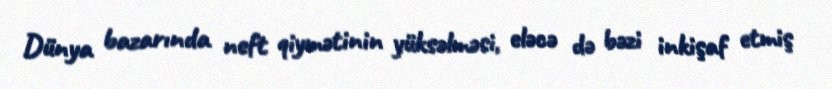
Dünya bazarında neft qiymətinin yüksəlməsi, eləcə də bəzi inkişaf etmiş